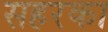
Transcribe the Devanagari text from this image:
सहरका